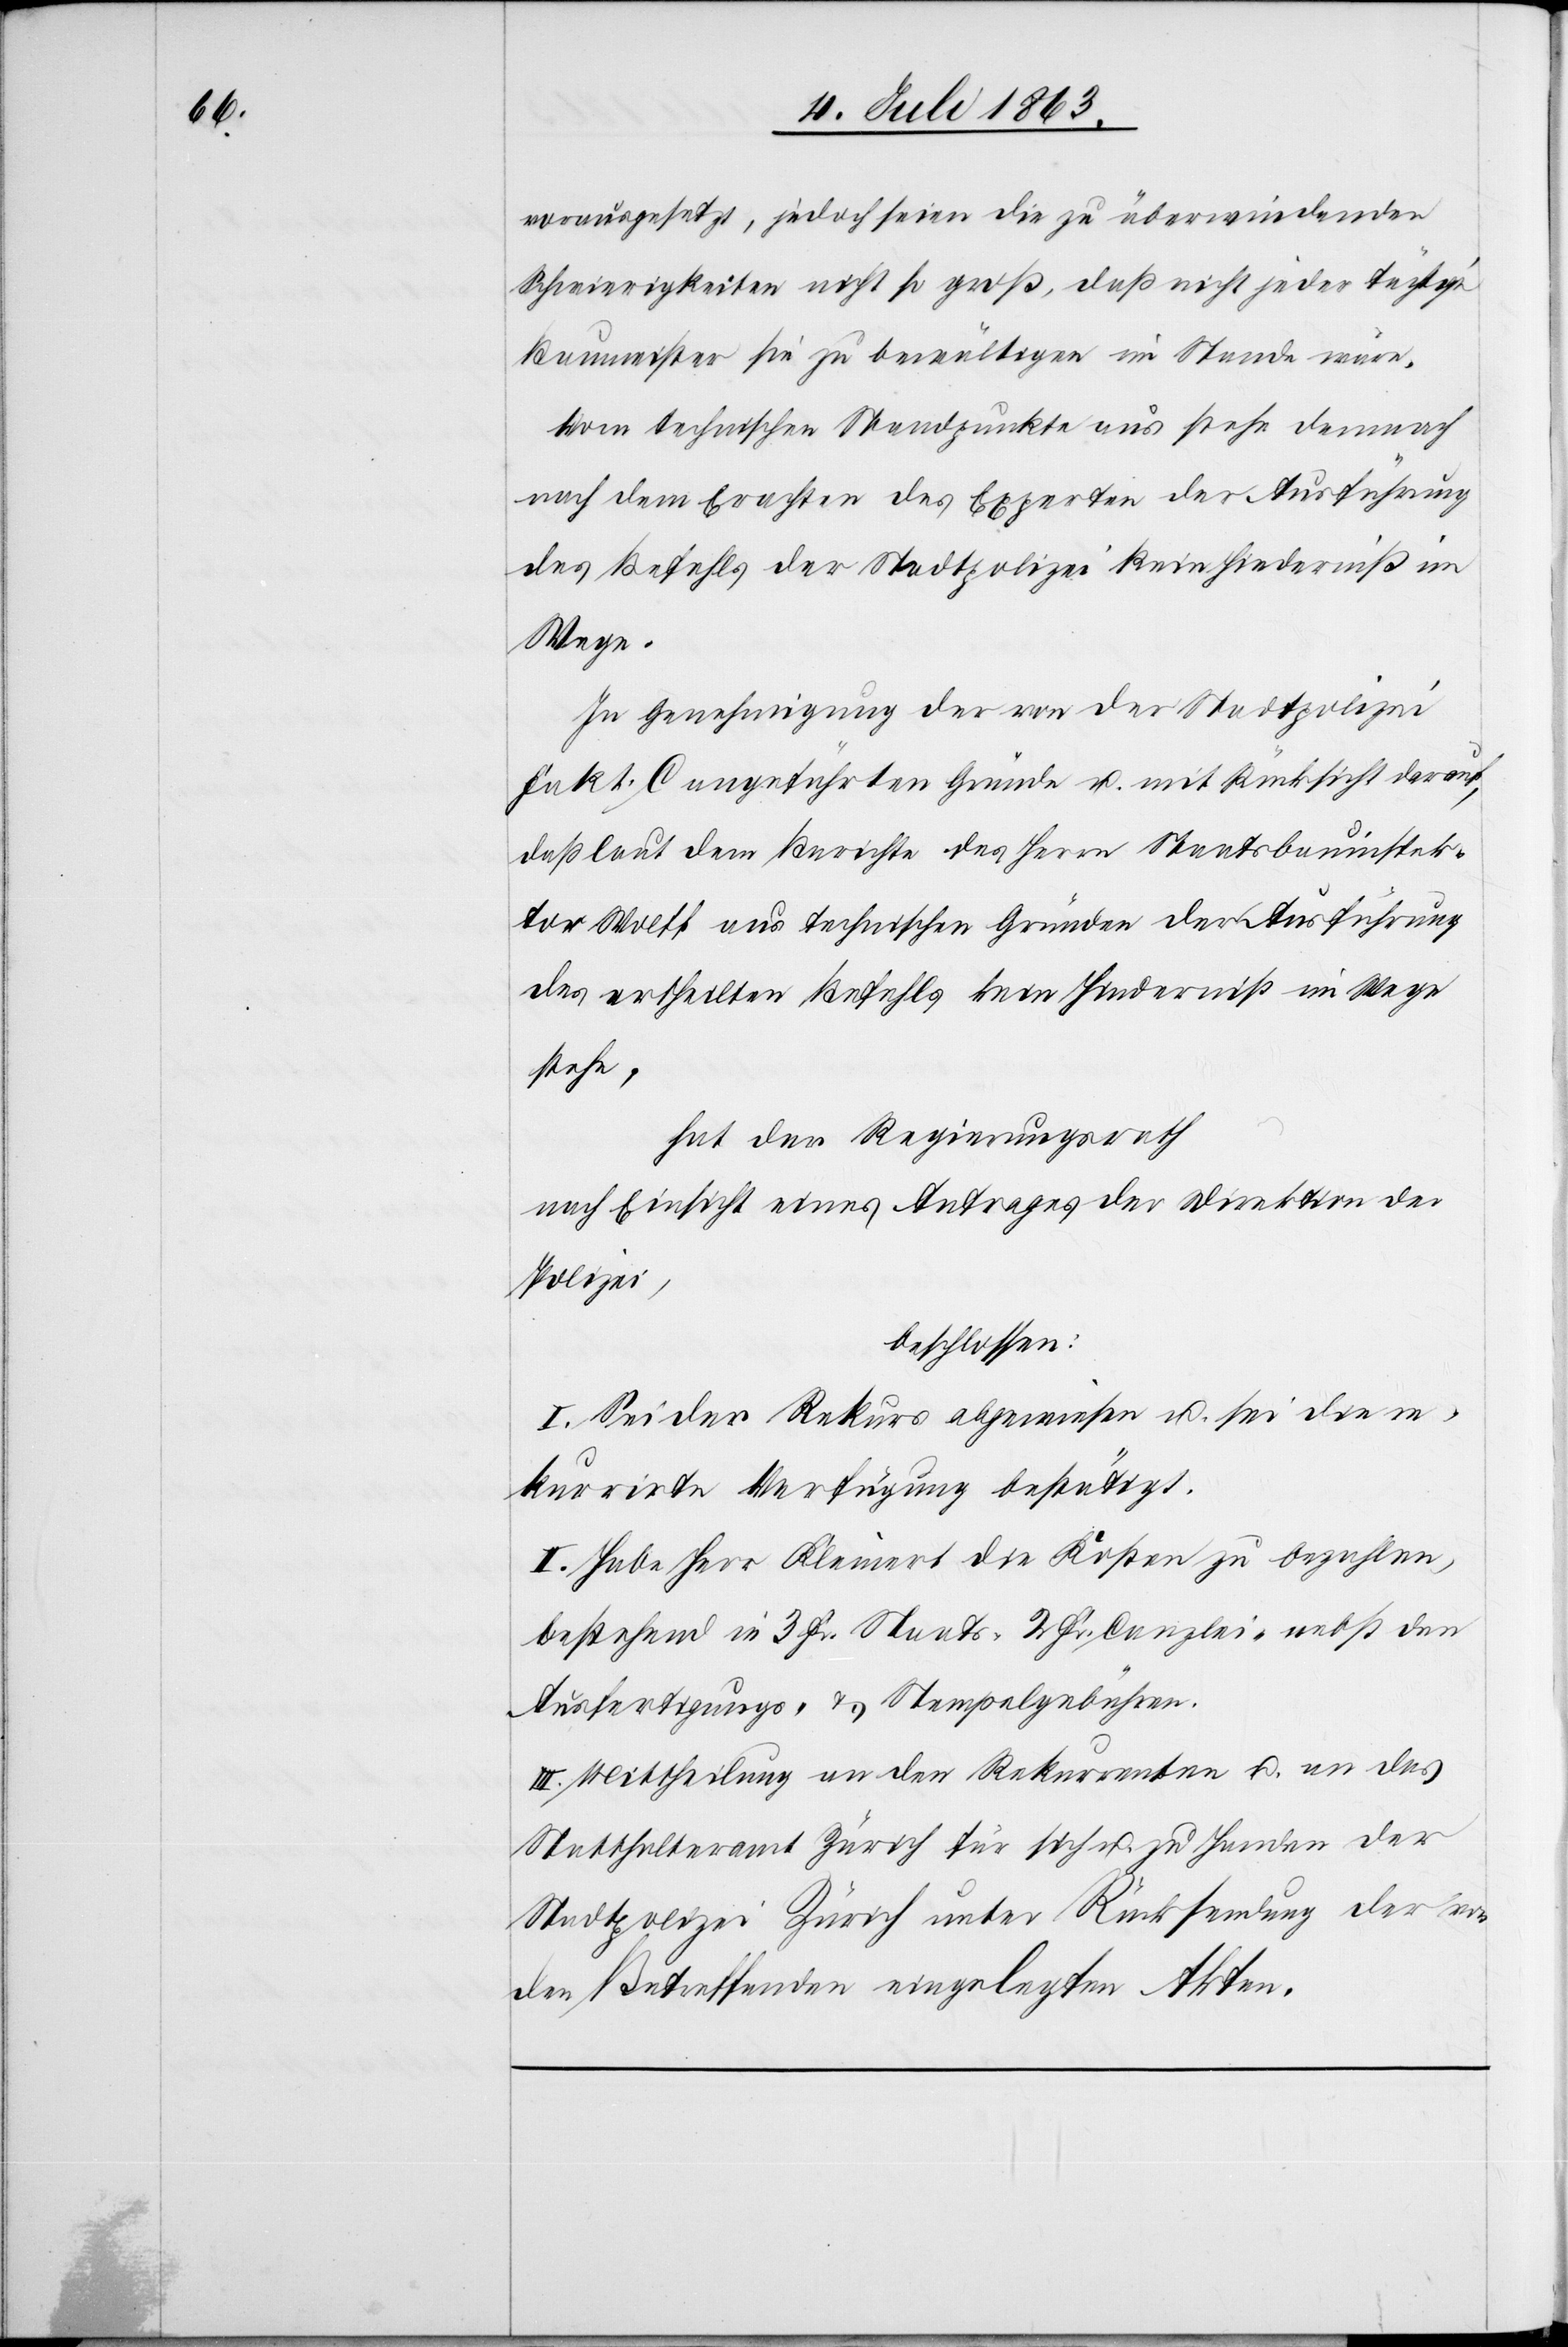
vorausgesetzt, jedoch seien die zu überwindenden
Schwierigkeiten nicht so groß, daß nicht jeder tüchtige
Baumeister sie zu bewältigen im Stande wäre.
Vom technischen Standpunkte aus stehe demnach
nach dem Erachten des Experten der Ausführung
des Befehls der Stadtpolizei kein Hinderniß im
Wege.
In Genehmigung der von der Stadtpolizei
Fakt. C angeführten Gründe u. mit Rücksicht darauf,
daß laut dem Berichte des Herrn Staatsbauinspek¬
tor Wolff aus technischen Gründen der Ausführung
des ertheilten Befehls kein Hinderniß im Wege
stehe,
hat der Regierungsrath
nach Einsicht eines Antrages der Direktion der
Polizei,
beschlossen:
I. Sei der Rekurs abgewiesen u. sei die re¬
kurrirte Verfügung bestätigt.
II. Habe Herr Kleinert die Kosten zu bezahlen,
bestehend in 3 Fr. Staats-[,] 2 Fr. Canzlei- nebst den
Ausfertigungs- & Stempelgebühren.
III. Mittheilung an den Rekurrenten u. an das
Statthalteramt Zürich für sich u. zu Handen der
Stadtpolizei Zürich unter Rücksendung der von
den Betreffenden eingelegten Akten.